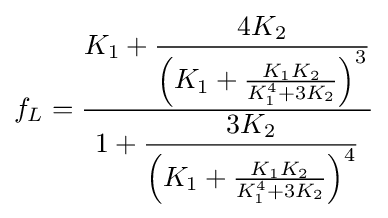
f_{L}={\frac {K_{1}+{\dfrac {4K_{2}}{\left(K_{1}+{\frac {K_{1}K_{2}}{K_{1}^{4}+3K_{2}}}\right)^{3}}}}{1+{\dfrac {3K_{2}}{\left(K_{1}+{\frac {K_{1}K_{2}}{K_{1}^{4}+3K_{2}}}\right)^{4}}}}}